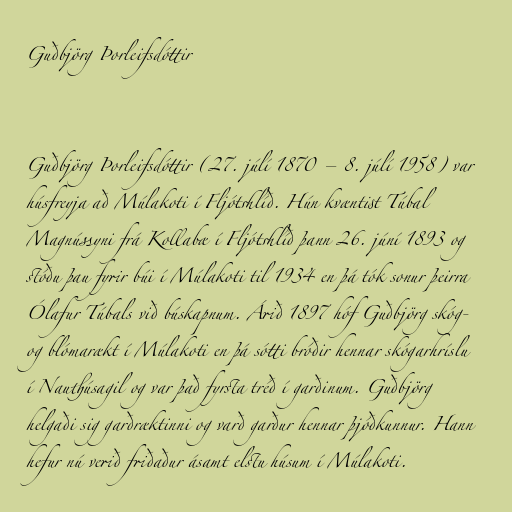
Guðbjörg Þorleifsdóttir

Guðbjörg Þorleifsdóttir (27. júlí 1870 – 8. júlí 1958) var
húsfreyja að Múlakoti í Fljótshlíð. Hún kvæntist Túbal
Magnússyni frá Kollabæ í Fljótshlíð þann 26. júní 1893 og
stóðu þau fyrir búi í Múlakoti til 1934 en þá tók sonur þeirra
Ólafur Túbals við búskapnum. Árið 1897 hóf Guðbjörg skóg-
og blómarækt í Múlakoti en þá sótti bróðir hennar skógarhríslu
í Nauthúsagil og var það fyrsta tréð í garðinum. Guðbjörg
helgaði sig garðræktinni og varð garður hennar þjóðkunnur. Hann
hefur nú verið friðaður ásamt elstu húsum í Múlakoti.